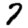
Digit: 7